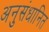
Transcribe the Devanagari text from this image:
अनुसंधानित